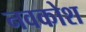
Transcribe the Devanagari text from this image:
नवकोश